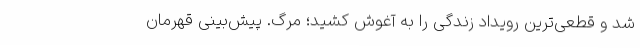
شد و قطعی‌ترین رویداد زندگی را به آغوش کشید؛ مرگ. پیش‌بینی قهرمان